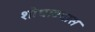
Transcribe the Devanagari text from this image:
शोधावयास